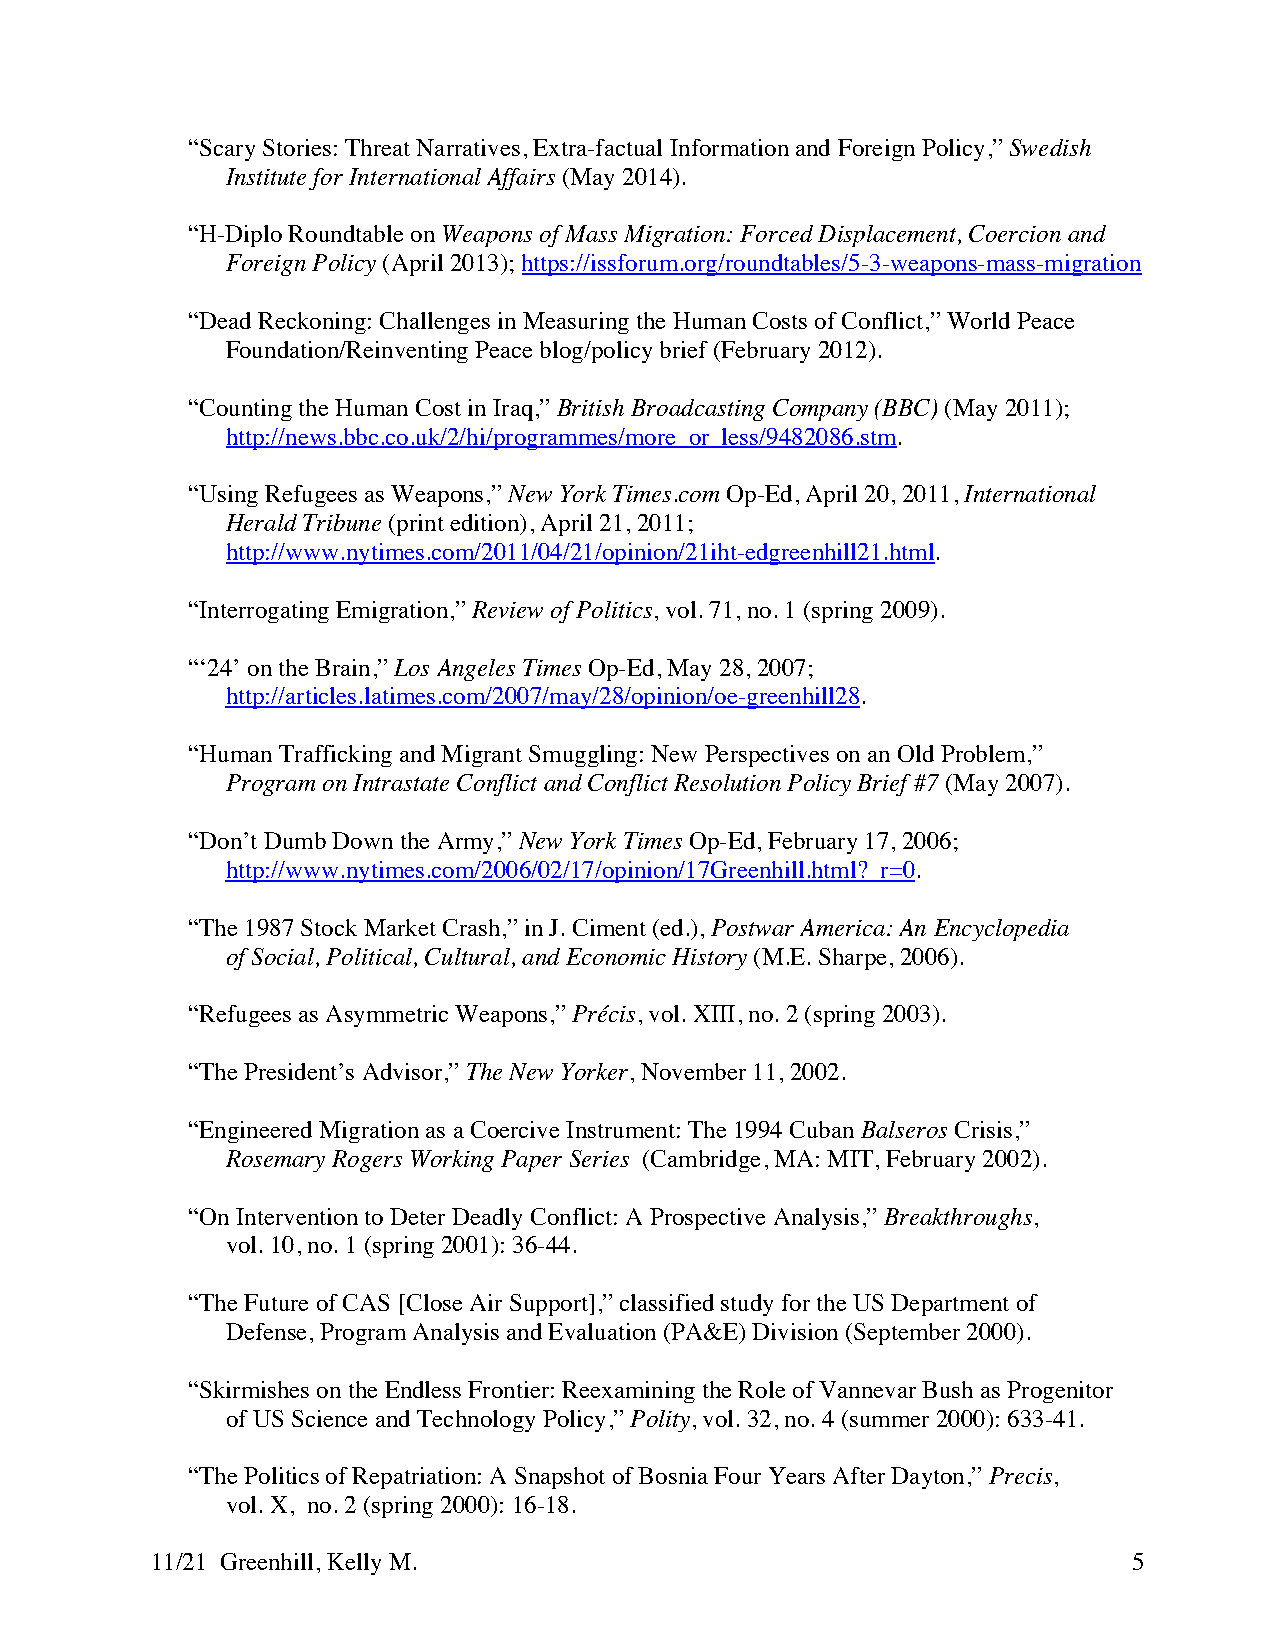
“Scary Stories: Threat Narratives, Extra-factual Information and Foreign Policy,” Swedish
 Institute for International Affairs (May 2014).
 “H-Diplo Roundtable on Weapons of Mass Migration: Forced Displacement, Coercion and
 Foreign Policy (April 2013); https://issforum.org/roundtables/5-3-weapons-mass-migration
 “Dead Reckoning: Challenges in Measuring the Human Costs of Conflict,” World Peace
 Foundation/Reinventing Peace blog/policy brief (February 2012).
 “Counting the Human Cost in Iraq,” British Broadcasting Company (BBC) (May 2011);
 http://news.bbc.co.uk/2/hi/programmes/more_or_less/9482086.stm.
 “Using Refugees as Weapons,” New York Times.com Op-Ed, April 20, 2011, International
 Herald Tribune (print edition), April 21, 2011;
 http://www.nytimes.com/2011/04/21/opinion/21iht-edgreenhill21.html.
 “Interrogating Emigration,” Review of Politics, vol. 71, no. 1 (spring 2009).
 “‘24’ on the Brain,” Los Angeles Times Op-Ed, May 28, 2007;
 http://articles.latimes.com/2007/may/28/opinion/oe-greenhill28.
 “Human Trafficking and Migrant Smuggling: New Perspectives on an Old Problem,”
 Program on Intrastate Conflict and Conflict Resolution Policy Brief #7 (May 2007).
 “Don’t Dumb Down the Army,” New York Times Op-Ed, February 17, 2006;
 http://www.nytimes.com/2006/02/17/opinion/17Greenhill.html?_r=0.
 “The 1987 Stock Market Crash,” in J. Ciment (ed.), Postwar America: An Encyclopedia
 of Social, Political, Cultural, and Economic History (M.E. Sharpe, 2006).
 “Refugees as Asymmetric Weapons,” Précis, vol. XIII, no. 2 (spring 2003).
 “The President’s Advisor,” The New Yorker, November 11, 2002.
 “Engineered Migration as a Coercive Instrument: The 1994 Cuban Balseros Crisis,”
 Rosemary Rogers Working Paper Series (Cambridge, MA: MIT, February 2002).
 “On Intervention to Deter Deadly Conflict: A Prospective Analysis,” Breakthroughs,
 vol. 10, no. 1 (spring 2001): 36-44.
 “The Future of CAS [Close Air Support],” classified study for the US Department of
 Defense, Program Analysis and Evaluation (PA&E) Division (September 2000).
 “Skirmishes on the Endless Frontier: Reexamining the Role of Vannevar Bush as Progenitor
 of US Science and Technology Policy,” Polity, vol. 32, no. 4 (summer 2000): 633-41.
 “The Politics of Repatriation: A Snapshot of Bosnia Four Years After Dayton,” Precis,
 vol. X, no. 2 (spring 2000): 16-18.
 11/21 Greenhill, Kelly M.                                        5